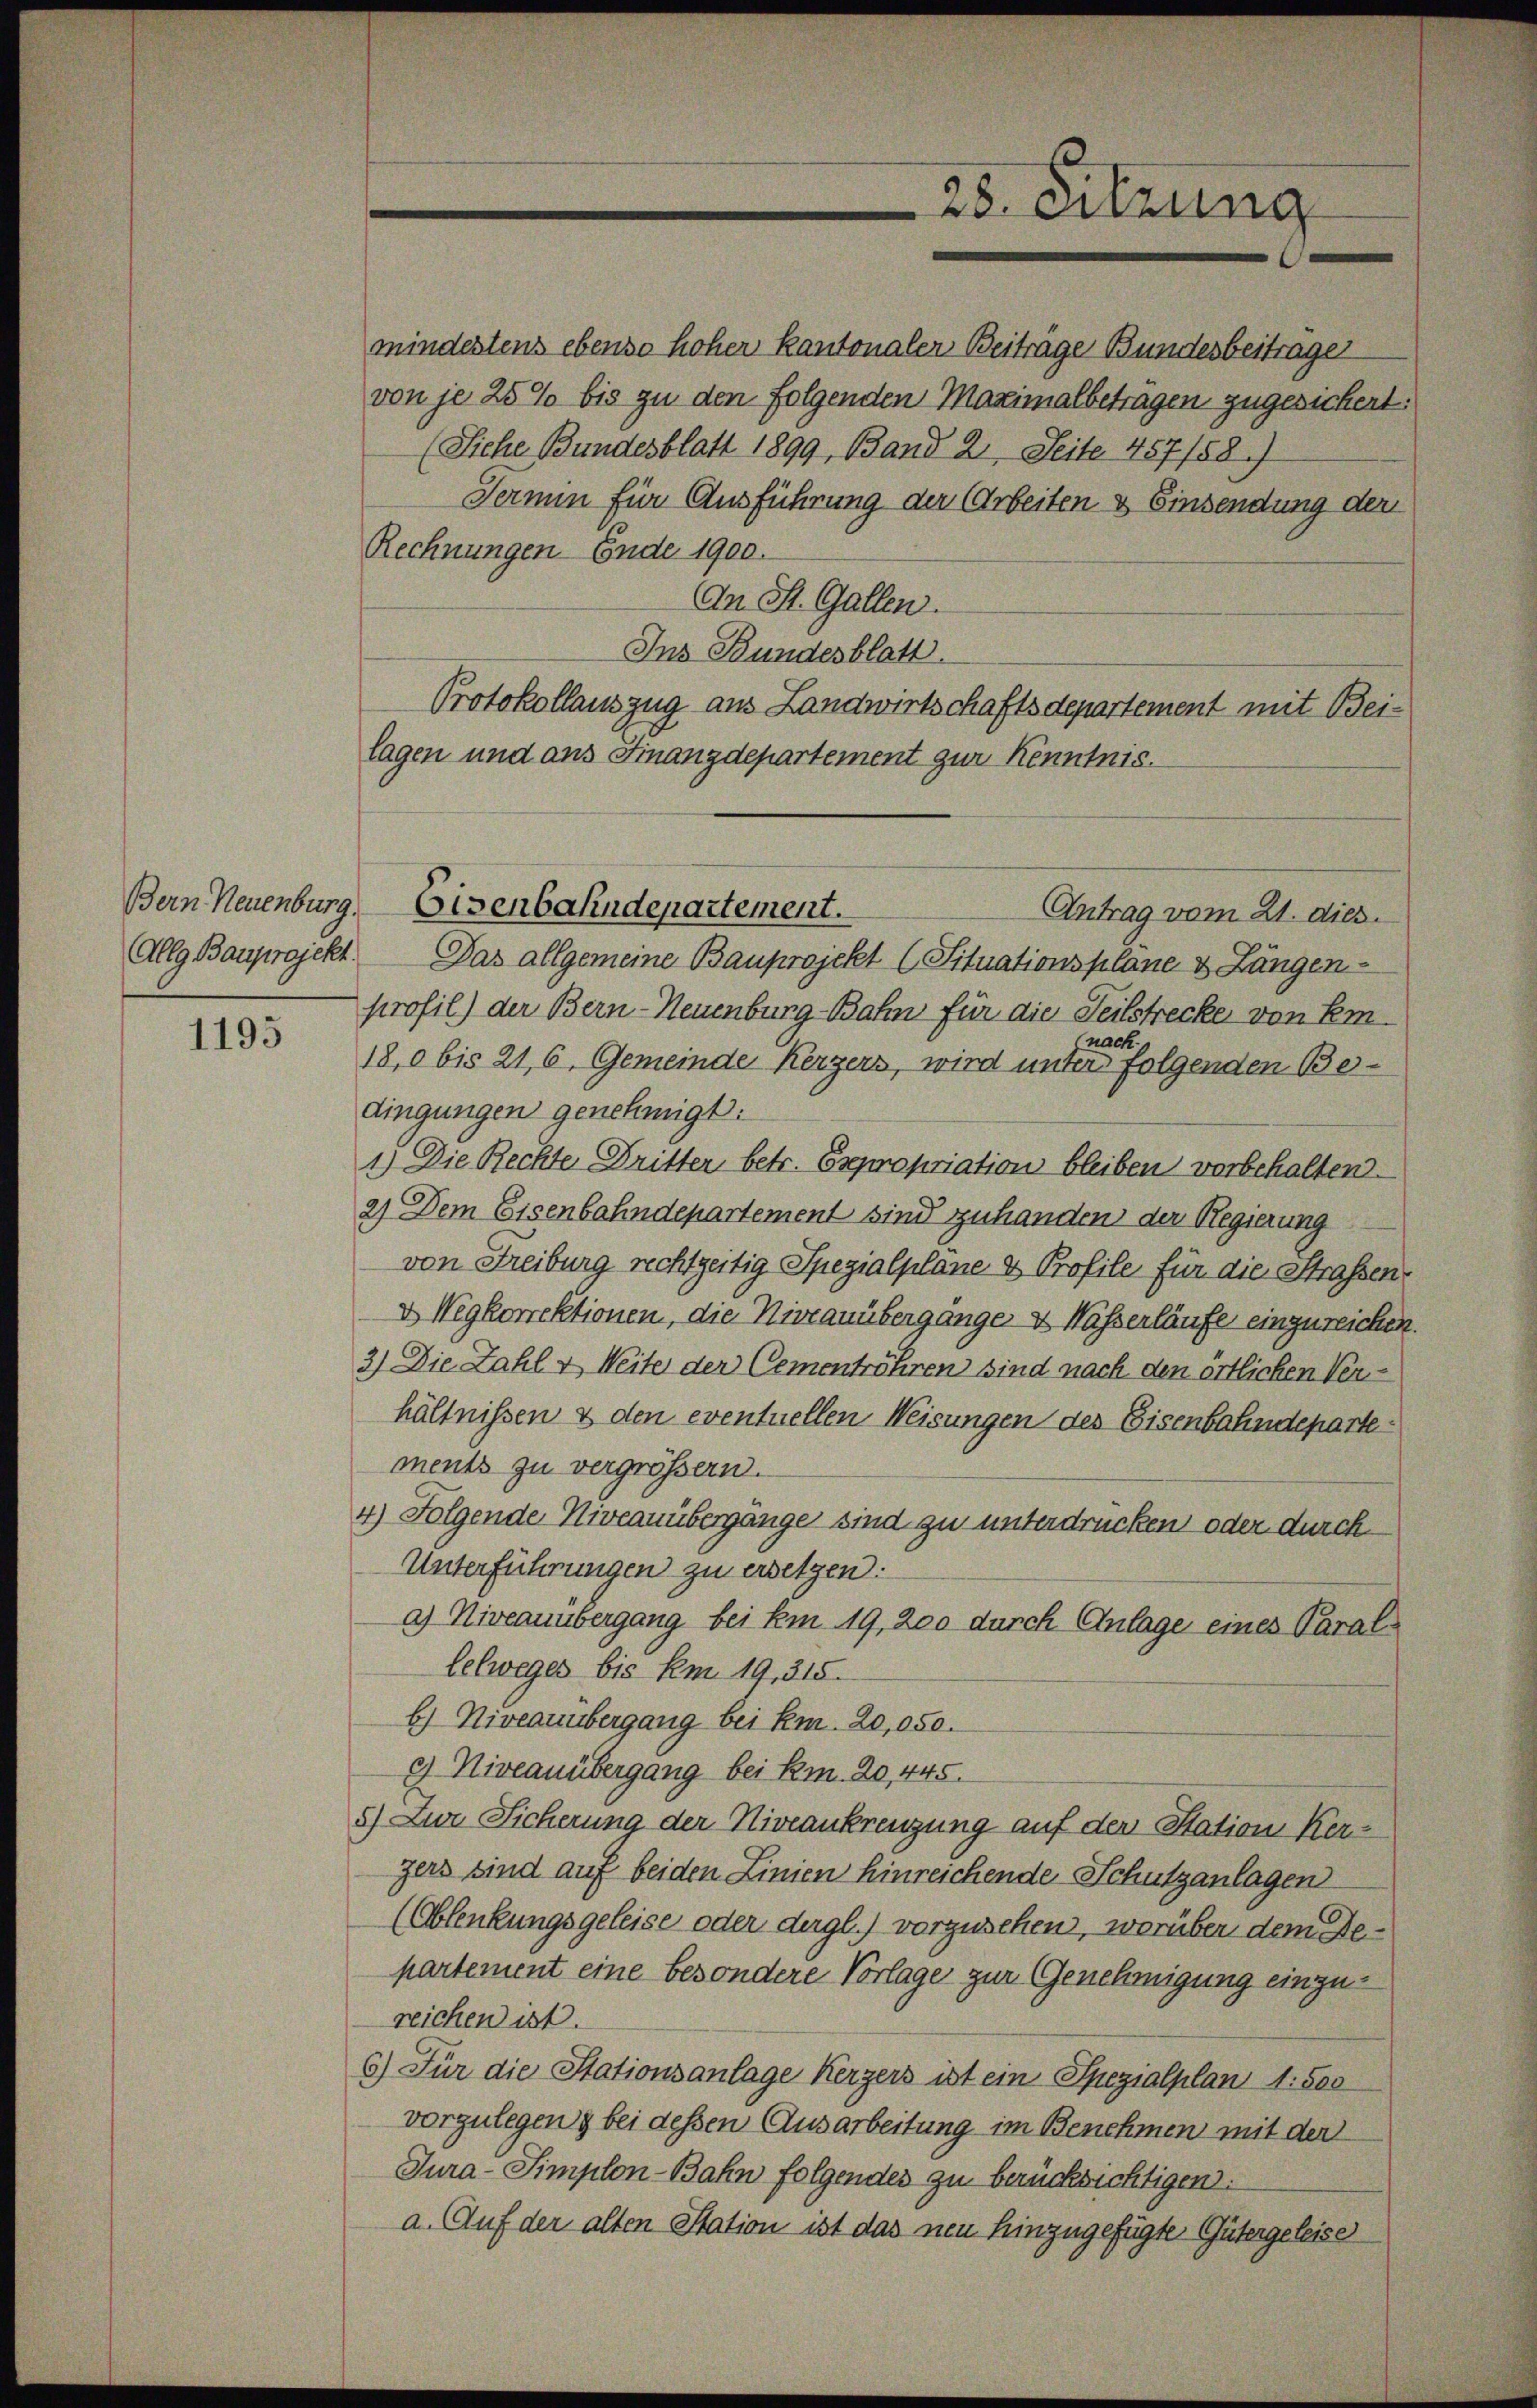
1195

mindestens ebenso hoher kantonalen Beiträge Bundesbeiträger
von je 25% bis zu den folgenden Maximalbeträgen zugesichert:
(Siehe Bundesblatt 1899, Band 2. Seite 457/58.)
Termin für Ausführung der Arbeiten & Einsendung der
Rechnungen Ende 1900.
An St. Gallen.
Ins Bundesblatt.
Protokollauszug aus Landwirtschaftsdepartement mit Beilagen und aus Finanzdepartement zur Kenntnis.
Antrag vom 21. dies
Allg Bauprojekt. Das allgemeine Bauprojekt (Situationsplane & Längen-
profil) der Bern-Neuenburg-Bahn für die Teilstrecke von Emnach
18,0 bis 21, 6. Gemeinde Kerzers, wird unter folgenden Be-
dingungen genehmigt.
1.) Die Rechte Dritter betr. Expropriation bleiben vorbehalten.
2) Dem Eisenbahndepartement sind zuhanden der Regierung
von Freiburg rechtzeitig Spezialplane & Profile für die Straßen,
& Wegkorrektionen, die Niveauübergänge & Wasserläufe einzureichen.
3) Die Zahl & Weite der Cementröhren sind nach den örtlichen Verhältnissen & den eventuellen Weisungen des Eisenbahndepartements zu vergrößern.
4) Folgende Niveauübergänge sind zu unterdrücken oder durch¬
Unterführungen zu ersetzen.
a) Niveauübergang bei km 19. 200 durch Anlage eines Parallelweges bis am 19. 315.
b) Niveauübergang bei km. 20,050.
2) Niveauübergang bei Rm. 20, 445.
5) Zur Sicherung der Niveaukreuzung auf der Station Kerzers sind auf beiden Linien hinreichende Schutzanlagen
(Ablenkungsgeleise oder dergl.) vorzusehen, worüber dem Departement eine besondere Vorlage zur Genehmigung einzureichen ist.
6) Für die Stationsanlage Kerzers ist ein Spezialplan 1. 500
vorzulegens bei dessen Ausarbeitung im Benehmen mit der
Jura Simplon-Bahn folgendes zu berücksichtigen.
a. Auf der alten Station ist das neu hinzugefügte Gütergeleise

Bern Neuenburg, Eisenbahndepartement.

25. Sitzung